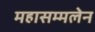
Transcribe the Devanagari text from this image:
महासम्मलेन